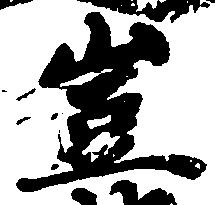
豈